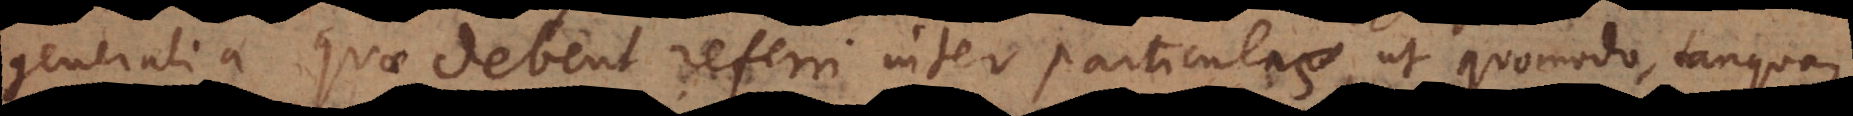
generalia quae debent referri inter particulas, ut quomodo, tanquam,